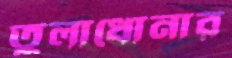
তুলাধোনার